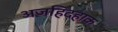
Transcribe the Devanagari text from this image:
अजहिदहाक